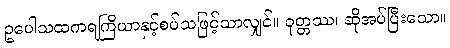
ဥပေါသထကရကြိယာနှင့်စပ်သဖြင့်သာလျှင်။ ဝုတ္တဿ၊ ဆိုအပ်ပြီးသော။